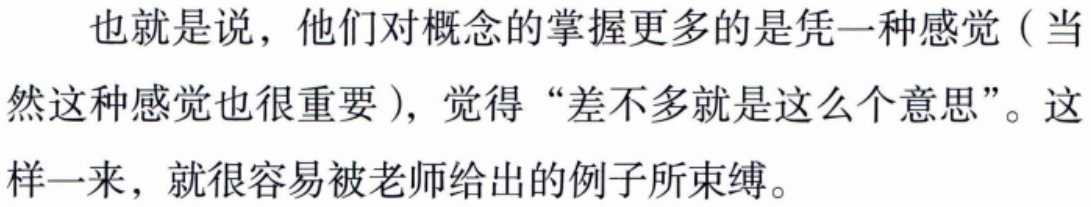
也就是说，他们对概念的掌握更多的是凭一种感觉（当然这种感觉也很重要），觉得“差不多就是这么个意思”。这样一来，就很容易被老师给出的例子所束缚。